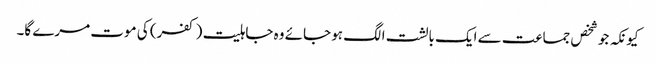
کیونکہ جو شخص جماعت سے ایک بالشت الگ ہو جائے وہ جاہلیت (کفر) کی موت مرے گا۔